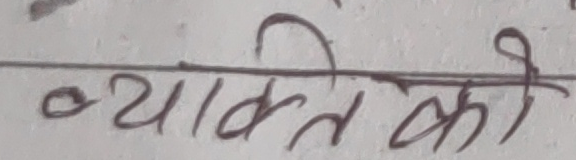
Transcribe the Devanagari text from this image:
व्यक्ति को